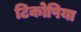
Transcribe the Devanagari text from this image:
टिकोपिया